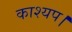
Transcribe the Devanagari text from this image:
काश्यप।